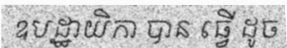
ឧបដ្ឋាយិកា បាន ធ្វើ ដូច